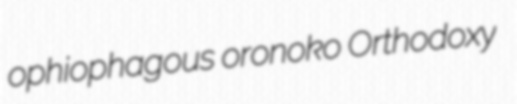
ophiophagous oronoko Orthodoxy